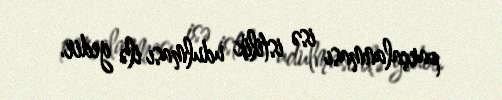
parçalanması isə istilik udulması ilə gedir.